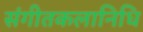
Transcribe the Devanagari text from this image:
संगीतकलानिधि